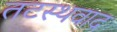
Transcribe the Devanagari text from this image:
तटस्थवाद